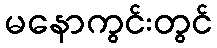
မနောကွင်းတွင်